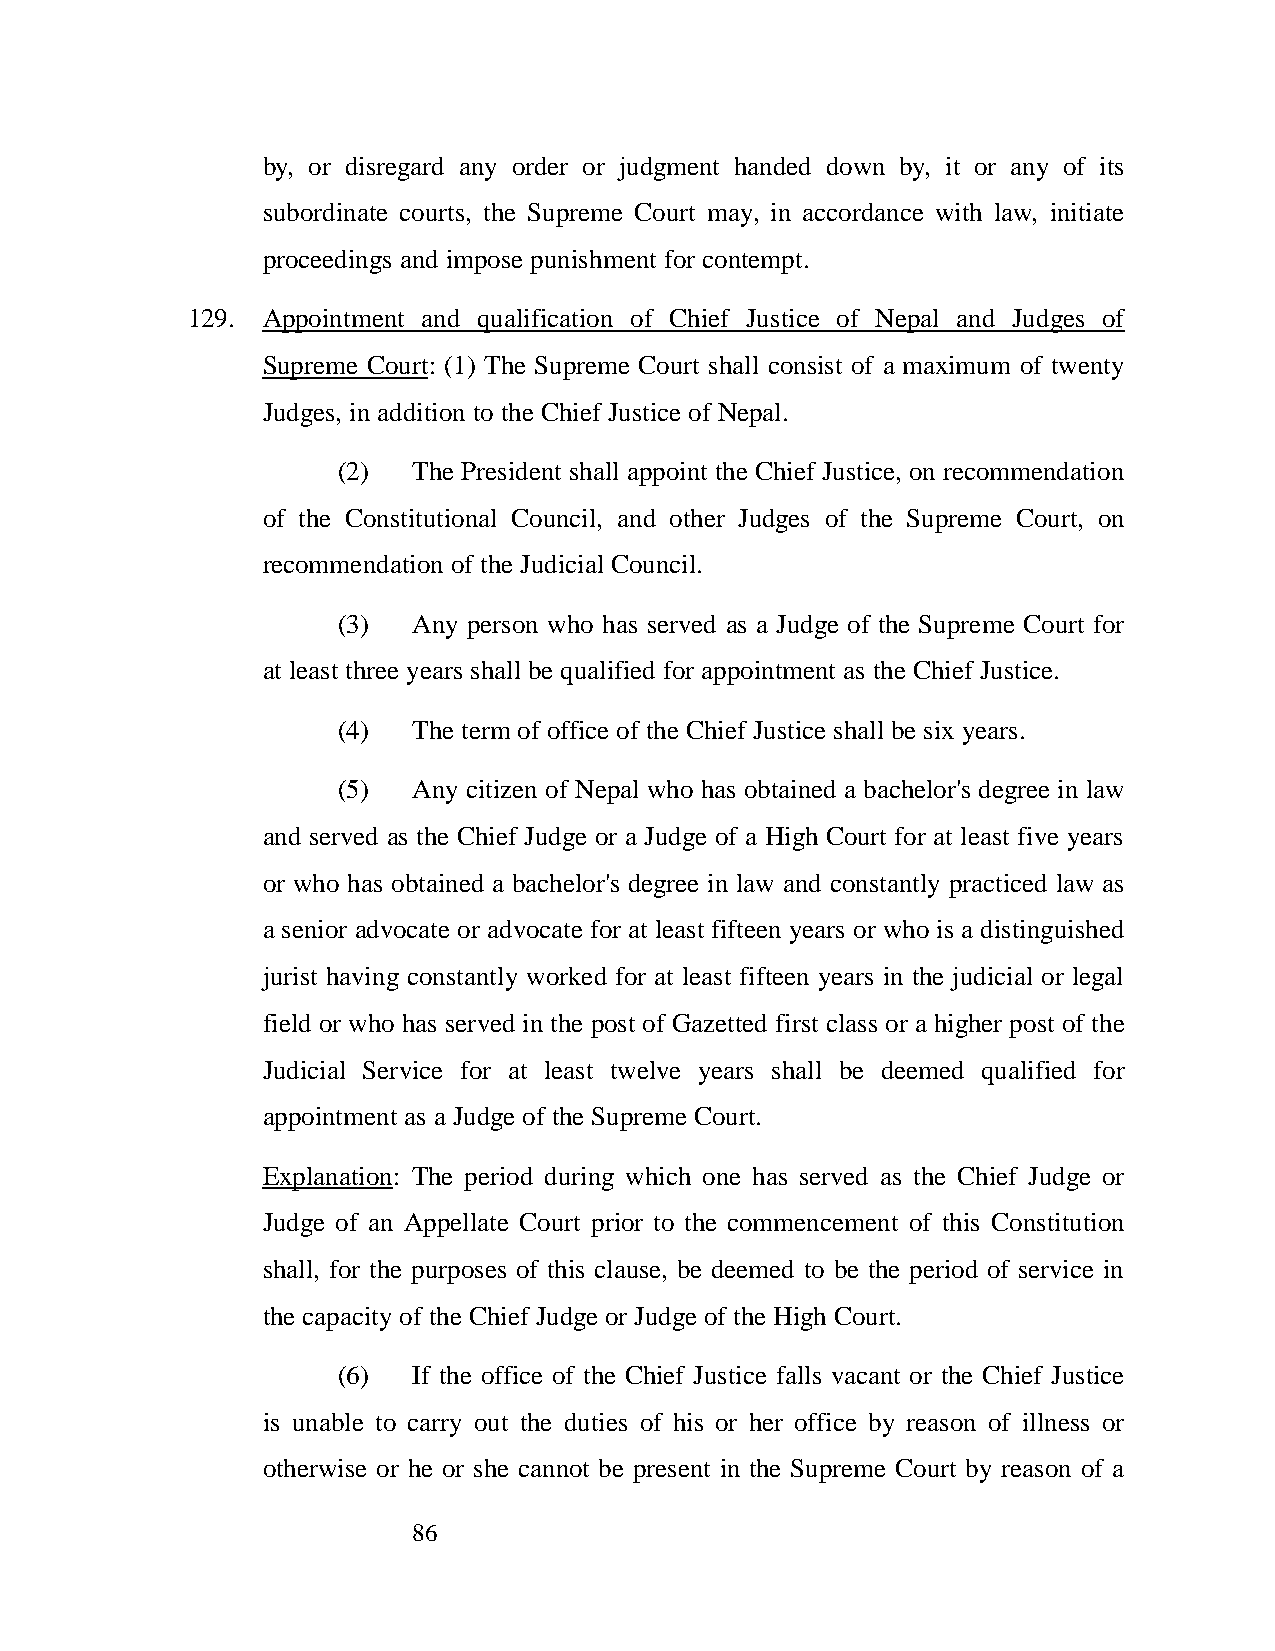
by, or disregard any order or judgment handed down by, it or any of its
 subordinate courts, the Supreme Court may, in accordance with law, initiate
 proceedings and impose punishment for contempt.
 129. Appointment and qualification of Chief Justice of Nepal and Judges of
 Supreme Court: (1) The Supreme Court shall consist of a maximum of twenty
 Judges, in addition to the Chief Justice of Nepal.
 (2)  The President shall appoint the Chief Justice, on recommendation
 of the Constitutional Council, and other Judges of the Supreme Court, on
 recommendation of the Judicial Council.
 (3)  Any person who has served as a Judge of the Supreme Court for
 at least three years shall be qualified for appointment as the Chief Justice.
 (4)  The term of office of the Chief Justice shall be six years.
 (5)  Any citizen of Nepal who has obtained a bachelor's degree in law
 and served as the Chief Judge or a Judge of a High Court for at least five years
 or who has obtained a bachelor's degree in law and constantly practiced law as
 a senior advocate or advocate for at least fifteen years or who is a distinguished
 jurist having constantly worked for at least fifteen years in the judicial or legal
 field or who has served in the post of Gazetted first class or a higher post of the
 Judicial Service for at least twelve years shall be deemed qualified for
 appointment as a Judge of the Supreme Court.
 Explanation: The period during which one has served as the Chief Judge or
 Judge of an Appellate Court prior to the commencement of this Constitution
 shall, for the purposes of this clause, be deemed to be the period of service in
 the capacity of the Chief Judge or Judge of the High Court.
 (6)  If the office of the Chief Justice falls vacant or the Chief Justice
 is unable to carry out the duties of his or her office by reason of illness or
 otherwise or he or she cannot be present in the Supreme Court by reason of a
 86